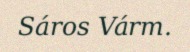
Sáros Várm.